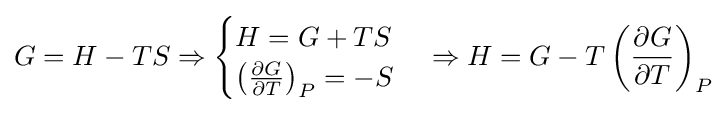
G=H-TS\Rightarrow {\begin{cases}H=G+TS\\\left({\frac {\partial G}{\partial T}}\right)_{P}=-S\end{cases}}\Rightarrow H=G-T\left({\frac {\partial G}{\partial T}}\right)_{P}